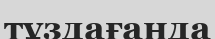
тұздағанда